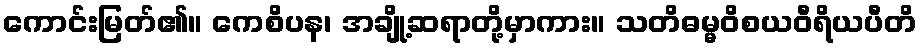
ကောင်းမြတ်၏။ ကေစိပန၊ အချို့ဆရာတို့မှာကား။ သတိဓမ္မဝိစယဝီရိယပီတိ